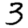
Digit: 3